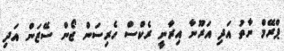
ޕްރޭމް ނާތު އަދި އަރޫނާ އިރާނީ ރެކްސް ހެރިސަން ޖޯން ސޭޒަން އަދި